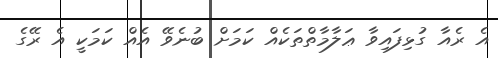
އެ ރެއާ ގުޅިފައިވާ ޢަލާމާތްތަކެއް ކަމަށް ބުނެވޭ އެއް ކަމަކީ އެ ރޭގެ